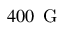
4 0 0 \ensuremath { \, \mathrm { ~ G ~ } }